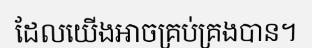
ដែលយើងអាចគ្រប់គ្រងបាន។